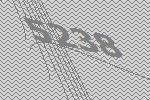
5238